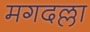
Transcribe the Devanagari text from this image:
मगदल्ला